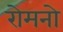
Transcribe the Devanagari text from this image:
रोमनो